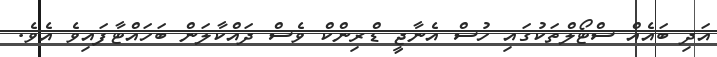
އަދި ބައެއް ސްޓޯލްތަކުގައި ހުސް އެނާޖީ ޑްރިންކް ވެސް ދައްކާލަން ބަހައްޓާފައިވެ އެވެ.